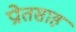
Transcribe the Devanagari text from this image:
प्रोतसाह